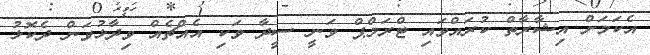
އެކަމަށް އިޝާރާތް ކުރައްވައި ޓްރަމްޕް ވަނީ ސީދާ ވަކި އެއްޗެއް ވިދާޅުވަން ދެކޮޅު